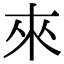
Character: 來